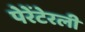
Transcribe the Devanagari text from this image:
पेरेंटेरली